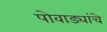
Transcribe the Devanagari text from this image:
पोवाड्यांचेे